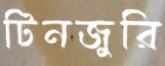
টিনজুরি